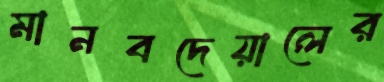
মানবদেয়ালের